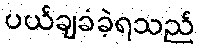
ပယ်ချခံခဲ့ရသည်